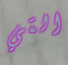
التي